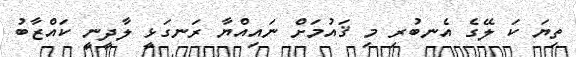
ތިޔަ ކަ ލޭގެ އެނބުރި މި ޤައުމަށް ނައިއްޔާ ރަނގަޅީ ލާދީނީ ކައްޒާބު